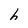
Character: h